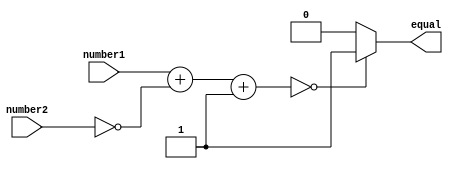
module arithmetic_comparator (
    input wire [7:0] number1,
    input wire [7:0] number2,
    output reg equal
);

reg [15:0] result;

always @ (*)
begin
    result = number1 + ~number2 + 1; // perform subtraction
    if (result == 16'b0)
        equal = 1;
    else
        equal = 0;
end

endmodule